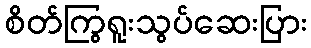
စိတ်ကြွရူးသွပ်ဆေးပြား